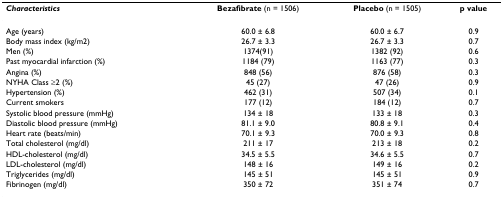
<table><thead><tr><td><b><i>Characteristics</i></b></td><td><b>Bezafibrate (n = 1506)</b></td><td><b>Placebo (n = 1505)</b></td><td><b>p value</b></td></tr></thead><tbody><tr><td>Age (years)</td><td>60.0 ± 6.8</td><td>60.0 ± 6.7</td><td>0.9</td></tr><tr><td>Body mass index (kg/m2)</td><td>26.7 ± 3.3</td><td>26.7 ± 3.3</td><td>0.7</td></tr><tr><td>Men (%)</td><td>1374(91)</td><td>1382 (92)</td><td>0.6</td></tr><tr><td>Past myocardial infarction (%)</td><td>1184 (79)</td><td>1163 (77)</td><td>0.3</td></tr><tr><td>Angina (%)</td><td>848 (56)</td><td>876 (58)</td><td>0.3</td></tr><tr><td>NYHA Class ≥2 (%)</td><td>45 (27)</td><td>47 (26)</td><td>0.9</td></tr><tr><td>Hypertension (%)</td><td>462 (31)</td><td>507 (34)</td><td>0.1</td></tr><tr><td>Current smokers</td><td>177 (12)</td><td>184 (12)</td><td>0.7</td></tr><tr><td>Systolic blood pressure (mmHg)</td><td>134 ± 18</td><td>133 ± 18</td><td>0.3</td></tr><tr><td>Diastolic blood pressure (mmHg)</td><td>81.1 ± 9.0</td><td>80.8 ± 9.1</td><td>0.4</td></tr><tr><td>Heart rate (beats/min)</td><td>70.1 ± 9.3</td><td>70.0 ± 9.3</td><td>0.8</td></tr><tr><td>Total cholesterol (mg/dl)</td><td>211 ± 17</td><td>213 ± 18</td><td>0.2</td></tr><tr><td>HDL-cholesterol (mg/dl)</td><td>34.5 ± 5.5</td><td>34.6 ± 5.5</td><td>0.7</td></tr><tr><td>LDL-cholesterol (mg/dl)</td><td>148 ± 16</td><td>149 ± 16</td><td>0.2</td></tr><tr><td>Triglycerides (mg/dl)</td><td>145 ± 51</td><td>145 ± 51</td><td>0.9</td></tr><tr><td>Fibrinogen (mg/dl)</td><td>350 ± 72</td><td>351 ± 74</td><td>0.7</td></tr></tbody></table>